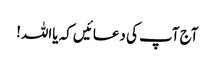
آج آپ کی دعائیں کہ یااللہ!